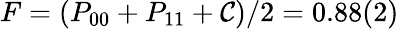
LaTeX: F=(P_{00}+P_{11}+\mathcal{C})/2=0.88(2)